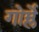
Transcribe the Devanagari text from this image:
गोर्म्ले